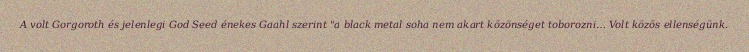
A volt Gorgoroth és jelenlegi God Seed énekes Gaahl szerint "a black metal soha nem akart közönséget toborozni… Volt közös ellenségünk.